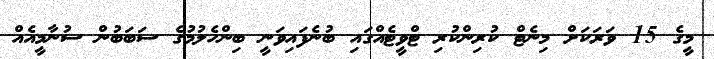
މީގެ 15 ވަރަކަށް މިނެޓް ކުރިންކުރި ޓްވީޓެއްގައި ބުނެފައިވަނީ ބިންހެލުމުގެ ސަބަބުން ސުނާމީއެއް